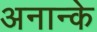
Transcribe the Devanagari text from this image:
अनान्के